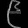
Digit: ၉